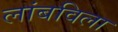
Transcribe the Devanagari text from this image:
लांबविला